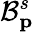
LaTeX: \mathcal{B}_{\textbf{{p}}}^{s}